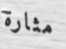
مثارة